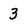
Character: 3